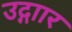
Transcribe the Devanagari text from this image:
उद्गाार